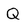
Character: Q